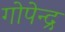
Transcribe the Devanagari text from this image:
गोपेन्द्र